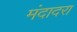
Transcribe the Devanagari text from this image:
मंदादरा